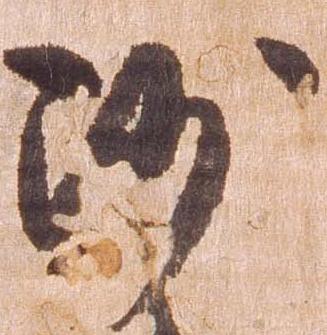
沙